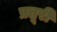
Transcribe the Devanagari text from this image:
प्रतूरी